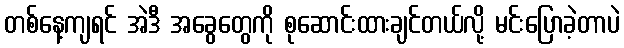
တစ်နေ့ကျရင် အဲဒီ အခွေတွေကို စုဆောင်းထားချင်တယ်လို့ မင်းပြောခဲ့တာပဲ